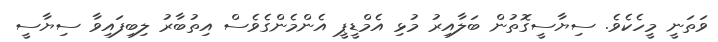
ވަތަނީ މީހެކެވެ. ސިޔާސީގޮތުން ބަލާއިރު މުޅި އެމްޑީޕީ އެންމެންގެވެސް އިތުބާރު ލިބިފައިވާ ސިޔާސީ